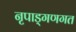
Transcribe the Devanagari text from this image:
नृपाड्गणगत